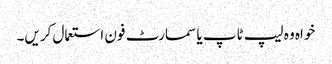
خواہ وہ لیپ ٹاپ یا سمارٹ فون استعمال کریں۔